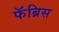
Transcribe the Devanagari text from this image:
फॅब्रिस